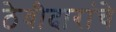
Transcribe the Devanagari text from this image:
ठेवीदारांचे